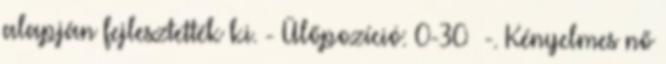
alapján fejlesztették ki. - Ülőpozíció: 0-30° -. Kényelmes nő